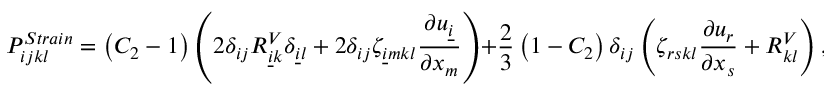
P _ { i j k l } ^ { S t r a i n } = \left( C _ { 2 } - 1 \right) \left( 2 \delta _ { i j } R _ { \underline { { i } } k } ^ { V } \delta _ { \underline { { i } } l } + 2 \delta _ { i j } \zeta _ { \underline { { i } } m k l } \frac { \partial u _ { \underline { { i } } } } { \partial x _ { m } } \right) + \frac { 2 } { 3 } \left( 1 - C _ { 2 } \right) \delta _ { i j } \left( \zeta _ { r s k l } \frac { \partial u _ { r } } { \partial x _ { s } } + R _ { k l } ^ { V } \right) ,